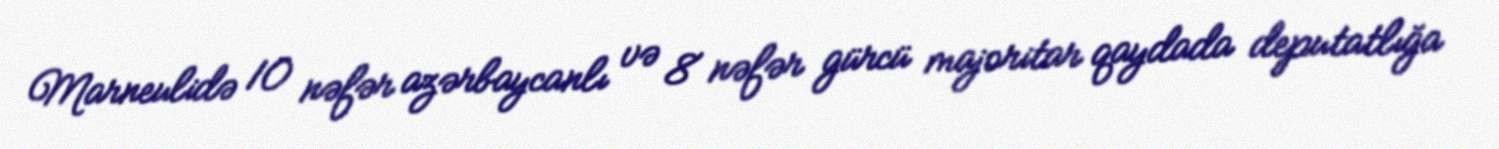
Marneulidə 10 nəfər azərbaycanlı və 8 nəfər gürcü majoritar qaydada deputatlığa